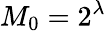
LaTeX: M_{0}=2^{\lambda}